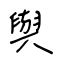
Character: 與